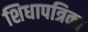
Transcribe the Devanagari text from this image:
शिधापत्रिका